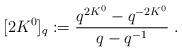
LaTeX: \begin{align*}[2K^0]_q :=\frac{q^{2K^0}-q^{-2K^0}}{q-q^{-1}}\;.\end{align*}